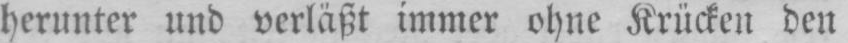
herunter und verläßt immer ohne Krücken den